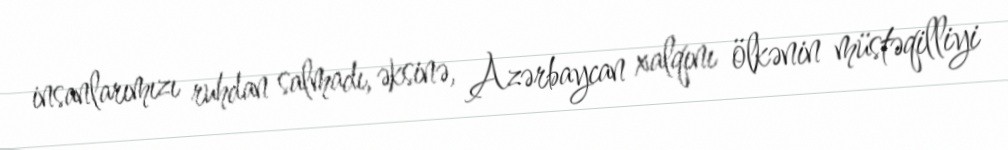
insanlarımızı ruhdan salmadı, əksinə, Azərbaycan xalqını ölkənin müstəqilliyi